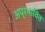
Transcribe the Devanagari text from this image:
अप्रभावित